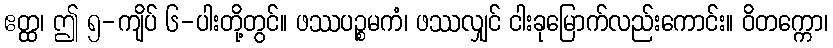
ဧတ္ထ၊ ဤ ၅-ကျိပ် ၆-ပါးတို့တွင်။ ဖဿပဉ္စမကံ၊ ဖဿလျှင် ငါးခုမြောက်လည်းကောင်း။ ဝိတက္ကော၊